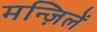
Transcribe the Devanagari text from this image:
मन्ज़िलें